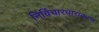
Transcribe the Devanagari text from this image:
निर्विचारधाराकरण